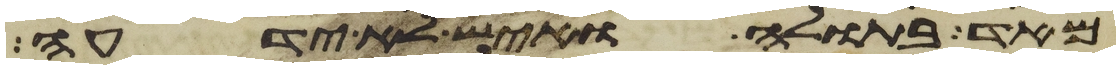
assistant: מאד בתולה ואיש לא ידעה